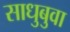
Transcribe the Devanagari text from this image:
साधुबुवा